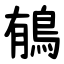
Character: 䳑